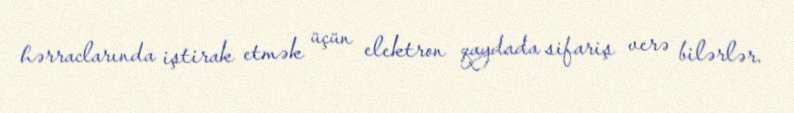
hərraclarında iştirak etmək üçün elektron qaydada sifariş verə bilərlər.